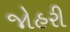
જોહરી